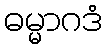
ဓမ္မာဂဒံ